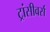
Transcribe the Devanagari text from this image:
ट्रांसीवर्स